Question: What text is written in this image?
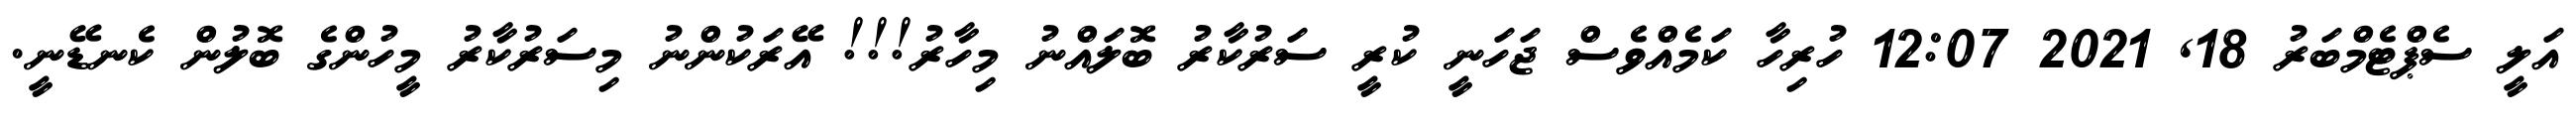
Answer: އަލީ ސެޕްޓެމްބަރު 18, 2021 12:07 ހުރިހާ ކަމެއްވެސް ޖަހަނީ ކުރީ ސަރުކާރު ބޮލައްނު މިހާރު!!! އޭރަކުންނު މިސަރުކާރު މީހުންގެ ބޮލުން ކެނޑޭނީ.